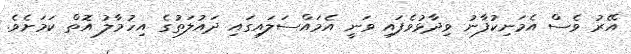
އޭރު ވެސް އެމަނިކުފާނު ވިދާޅުވެފައި ވަނީ އެމައްސަލައިގައި ދައުލަތުގެ އިހުމާލު އޮތް ކަމަށެވެ.